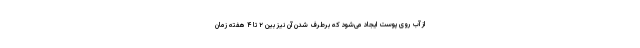
از آب روی پوست ایجاد می‌شود که برطرف شدن آن نیز بین ۲ تا ۴ هفته زمان